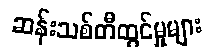
ဆန်းသစ်တီထွင်မှုများ